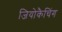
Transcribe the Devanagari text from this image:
जियोकैचिंग